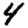
Digit: 4